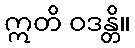
ဣတိ ဝဒန္တိ။